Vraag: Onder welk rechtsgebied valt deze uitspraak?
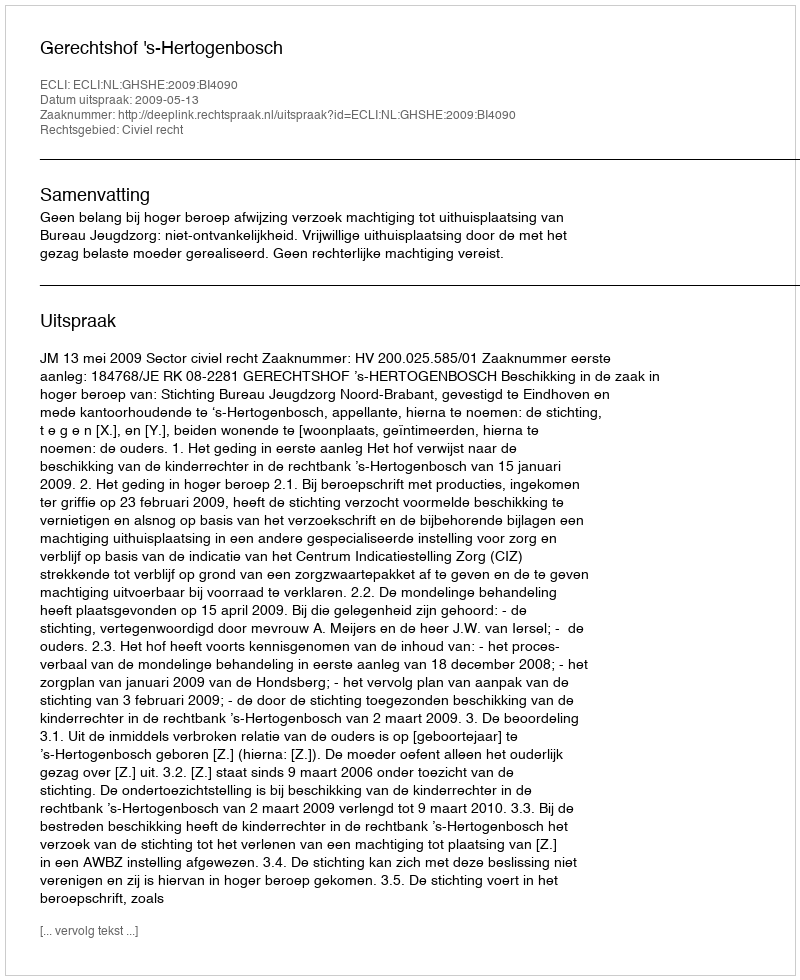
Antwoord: Civiel recht